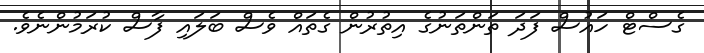
ގެސްޓް ހައުސް ފަދަ ތަންތަނުގެ އިތުރުން ގެތައް ވެސް ބަލައި ފާސް ކުރަމުންނެވެ.